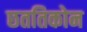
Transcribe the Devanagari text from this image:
छततिकोन